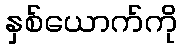
နှစ်ယောက်ကို